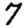
Digit: 7